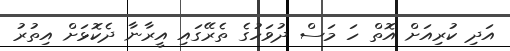
އަދި ކުރިއަށް އޮތް ހަ މަސް ދުވަހުގެ ތެރޭގައި އީރާނާ ދެކޮޅަށް އިތުރު